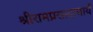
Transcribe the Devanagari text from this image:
श्रीरामप्रसादाचार्य